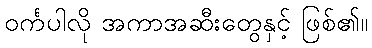
ဝင်္ကပါလို အကာအဆီးတွေနှင့် ဖြစ်၏။